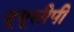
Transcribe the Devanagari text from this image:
यूयूसीपी